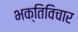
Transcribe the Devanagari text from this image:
भक्तिविचार